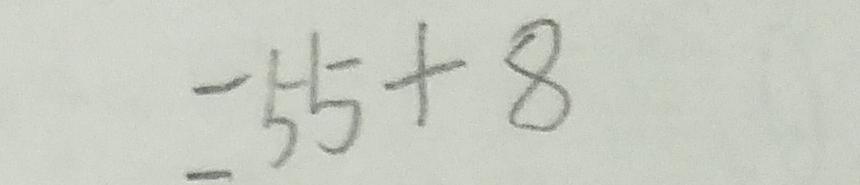
= 5 5 + 8